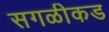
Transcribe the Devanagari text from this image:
सगळीकड